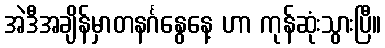
အဲဒီအချိန်မှာတနင်္ဂနွေနေ့ ဟာ ကုန်ဆုံးသွားပြီ။